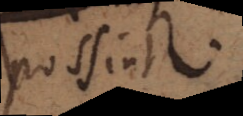
possint.